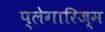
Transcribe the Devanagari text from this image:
प्लेगारिज्म